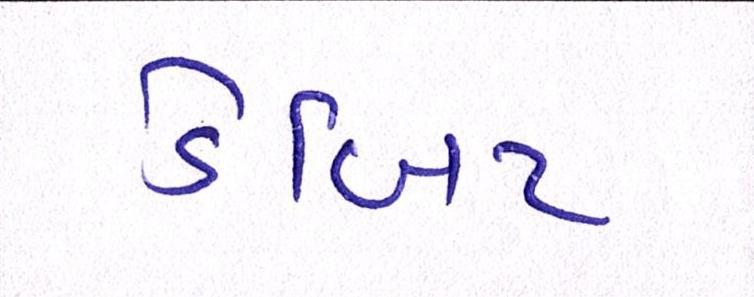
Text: ડેબિટ